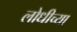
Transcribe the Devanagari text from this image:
लोधीच्या